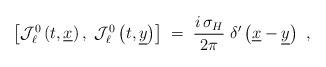
LaTeX: \begin{align*}\left[ {\mathcal J}_\ell^0 \left( t, \underline{x}\right), ~{\mathcal J}_\ell^0 \left( t, \underline{y}\right)\right] \;=\; \frac{i\,\sigma_H}{2\pi}\; \delta' \left( \underline{x} - \underline{y}\right)~, \end{align*}